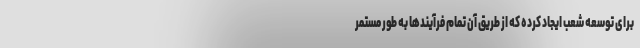
برای توسعه شعب ایجاد کرده که از طریق آن تمام فرآیندها به طور مستمر